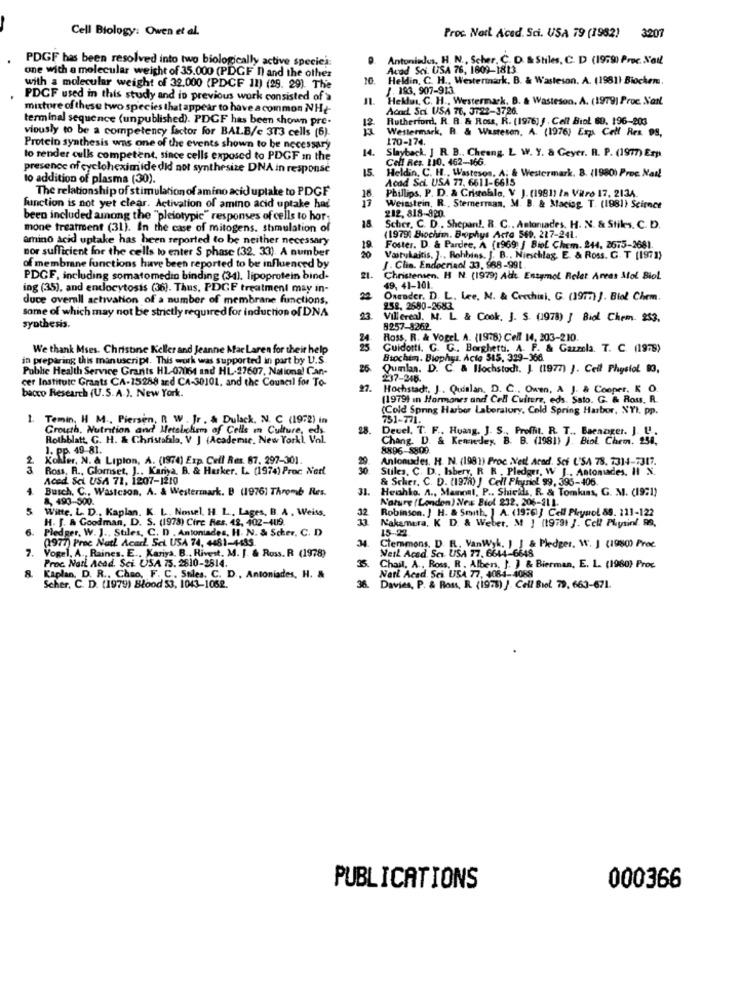
Cell Biology: Owen et al.
Proc. Natt Aced. Sci. USA 79 (1982)
3207
PDGF has been resolved into two biologically active speciej:
Antoniudus. H. N ., Scher, C. D. & Stiles, C. D (1979) Proc. N'ail
one with a molecular weight of 35.000 (PDGF I) and the other
Acad Sci. USA 76, 1809-1813
Heldin, C. H ., Westermark, B. & Wasteson. A. (1981) Biochem
with a molecular weight of 32.000 (PDCF 11) (29. 29). The
1. 193, 907-913.
PDGF used in this study and in previous work consisted of >
IL
Hekwi, C. H ., Westermark, B. & Wasteson. A. (1979) Proc. Nar !.
mixture of these two species that appear to have a common NHt-
Acad Sci USA 76, 3722-3726.
terminal sequence (unpublished). PDCF has been shown pre-
12.
Rutherford, R. R. & Ross, R. (1976) / . Cell Biol 69. 196-203
viously to be a competency factor for BALB/c 373 cells (6).
Westermark, R & Wasteson, A. (1976) Erp. Cell Res 99.
170-174.
Protein synthesis was one of the events shown to be necessary
1.
Slayback. J R. B ., Cheung. L W. Y. & Geyer. R. P. (1977) Exp
to render culls competent, since cells exposed to PDGF In the
Cell Res. 110. 462-166.
presence of cycloheximide did not synthesize DNA in response
15.
Heldin, C. H ., Wastesos, A; & Westermark. B. (1980) Proc Nad!
to addition of plasma (30).
Acad Sci. USA 77, 6611-6615
The relationship of stimulation of amino acid uptake to PDGF
Phillips, P. D. & Cristobale. V. ). (1981) in Vitro 17. 2134.
function is not yet clear. Activation of amino acid uptake had
212, 818 -- 820
Weinstein, R .. Stemmerman, M. B. & Maciag. T. (1981) Science
been included among the "pleiotypic" responses of cells to hor
mone treatment (31). In the case of mitogens. shmulation of
18
Scher, C. D . Shepan !. R. C ., Antoniades. H. N. & Stiles. C. D.
amino acid uptake has been reported to be neither necessary
(1979) Biochim. Biophys Acto 569. 227-241.
nor sufficient for the cells to enter S phase (32. 33). A number
Vaitykaitis. ] ., Rohbins. J.
Foster. D. & Pardee, A (1969 ] Biof Chem. 244, 2675-2681.
Vaitykaitis. ] ., Rohbins. J. B ., Nieschlag. E. & Ross. G. T (197 1)
of membrane functions have been reported to be influenced by
f. Clia. Endocrisol 33, $68-991.
PDGF, including somatomedin binding (34). lipoprotein bind-
21.
Christensen. H N. (1979) Ab Easyrol Reler Areas Mol Biol.
ing (35), and endocytosis (36). Thus, PDGF treatment may in-
49, 41-101.
duce overall activation of a number of membrane functions,
Osender. D. L. Lee, M. & Cecchini. G. (1977) J. Biol Chem.
some of which may not be strictly required for induction of DNA
252, 2680-2683
Vill erea). M. L & Cook, J. S. (1978) } Bid Chem. 253.
synthesis.
8257-8262
24
Ross, R. & Vogel. A. (1978) Cell 14, 203-210.
We thank Mses. Christine Keller and Jeanne Mac Laren for their help
Cuidorti. G. G .. Borghetti. A. F. & Gazzola. T. C. (1978)
in preparing this manuscript. This work was supported in part by U.S.
Btochim. Biophys. Acte 515, 329-366.
Public Health Service Grants HL-07061 and HL-27607, National Can-
25.
Qumlan. D. C. & Hlochstodt. J. (1977) }. Cell Physiol 83,
cer Institute Grants CA-15288 and CA-30101, and the Council for To-
237-248.
bacco Research (U.S.A.). New York.
27.
Hochstadt. J .. Quinlan, D. C ., Owen, A J. & Cooper, K O.
(1979) in Hormones and Cell Cuiterz, eds. Sato. G. & Ross, R.
(Cold Spring Harbor Laboralury, Cold Spring Harbor, XVI. pp.
Temin, H M ., Piersen, R W . Jr . & Dulack, N. C (1972) in
751-771.
Growth, Nutrition and Metal hem of Cells In Culture, eds
28.
Devel. T. F ., Huang. J. S ., Proffit. R. T ., Baenager. J. U.
Rothblatt, G. H. & Christabla, V ] (Academic. New Yorki Val.
Chang. D. & Kemedey. B. B. (1981) ). Biol Chem. 250,
8896-8809.
2
Koller, N. & Lipton, A. (1974) Exp. Cell Res. 87. 297-301.
Antonudes. H. N. (1981) Proc Net! Acad. Scf L'SA 78. 7314-7317.
3
Ross, R ., Glomset, J .. Kariya. B. & Harker. L. (1974) Proc Natl
Stiles, C. D ., Ibery, R R . Pledges, W J ., Antoniades. Il N.
Aced Sci USA 71, 1207-1210
& Scher. C. D. (1978) J Cell Physiol 99, 395-406.
4.
Busch, C ., Wastcson, A. & Westermark. B (1976) Thromb Res.
31. Heahlo. A ., Manoal, P ., Shicks, R. & Tomkins, G. M. (19:1)
&, 493-500.
Nature (London) News Biol 232. 206-111.
5
Witte. L. D. Kaplan. K. L. Nossel, H. L. Lages, B. A. Weiss.
32
Robinson. J H. & Smith, ] A. (19:6)} Cell Pleyaol 89. 111-122
H. J. A Goodman, D. S. (1978) Circ Res. 42, 402-409.
Pledger. W. J ., Stiles, C. D . Antoniades, H. N. & Scher. C. D
Nakamura, K D. & Weber, M ] (19791 }. Cell Physinl RS.
15-22
(1977) Proc Natl Acad. Sci USA 74, 4481-4483.
7.
Clemmons. D. R. VanWyk. I J & Pledges. W. J (1980) Proc.
Weil Acad Sci. USA 77. 6644-6648
Vogel, A ., Raines. E ., Kariya. B ., Rivest. M. J. & Ross. R (1978)
Proc Natl Acad. Sci USA 73. 2610-2814.
35. Chail. A ., Ross. R . Albers. ]. ] & Bierman, E. L. (1980) Proc.
Natt Acad Sci USA 77, 4084-4088
8.
Kaplan, D. R ., Chao, F. C. Sules. C. D ., Antoniades, H. &
Scher, C. D. (1979) Blood 53, 1043-1052.
36.
Davies, P. & Ross, R. (1973) / Cell Biol. 79, 663-671.
PUBLICATIONS
000366